Bulletin of the Pasteur Institute of Southern India, Coonoor - No. 1.
Year: 1908
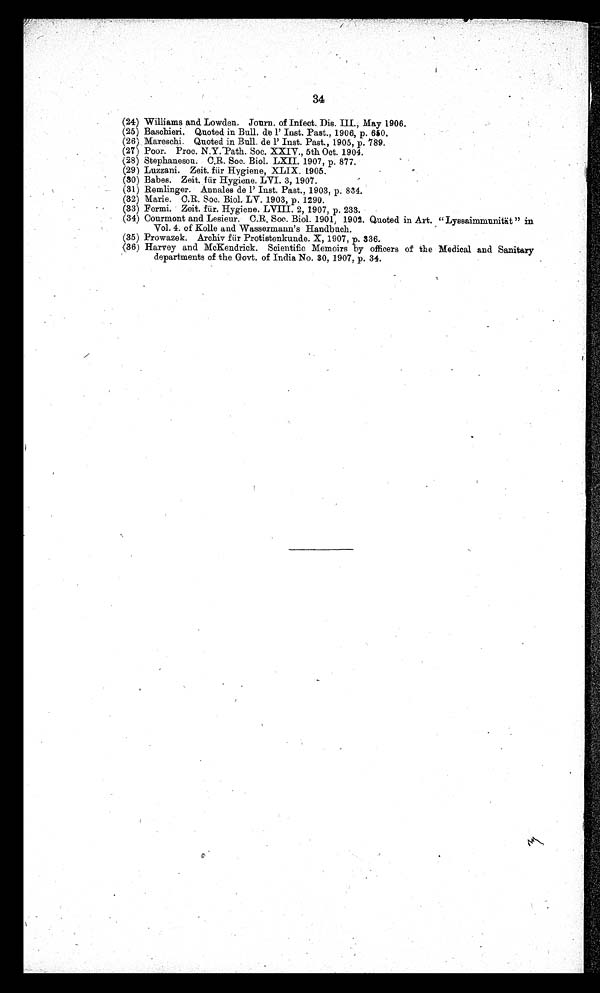
3 4
(24) Williams and Lowden. Journ. of Infect. Dis. III., May 1906.
(25)
Baschieri. Quoted in Bull. de l' Inst. Past., 1906, p. 650.
(26) Mareschi. Quoted in Bull. de l' Inst. Past., 1905, p. 789.
(27) Poor. Proc. N.Y. Path. Soc. XXIV., 5th Oct. 1904.
(28) Stephanescu. C.R. Soc. Biol. LXII. 1907, p. 877.
(29) Luzzani. Zeit. für Hygiene, XLIX. 1905.
(80) Babes. Zeit. für Hygiene. LVI. 3, 1907.
(31) Remlinger. Annales de l' Inst. Past., 1903, p. 834.
(32) Marie. C.R. Soc. Biol. LV. 1903, p, 1290.
(33) Fermi. Zeit. für. Hygiene. LVIII. 2, 1907, p. 233.
(34) Courmont and Lesieur. C.R. Soc. Biol. 1901, 1902. Quoted in Art. " Lyssaimmunität " in
Vol. 4. of Kolle and Wassermann's Handbuch.
(35) Prowazek. Archiv für Protistenkunde. X, 1907, p . 336.
(36) Harvey and McKendrick. Scientific Memoirs by officers of the Medical and Sanitary
departments of the Govt. of India No. 30, 1907, p. 34.